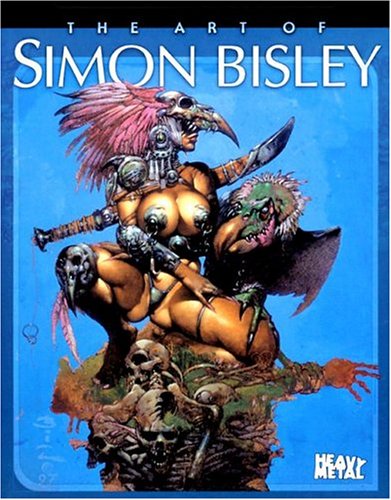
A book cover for The Art of Simon Bisley; Simon Bisley; Arts & Photography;